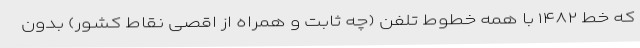
که خط ۱۴۸۲ با همه خطوط تلفن (چه ثابت و همراه از اقصی نقاط کشور) بدون